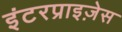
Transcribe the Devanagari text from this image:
इंटरप्राइज़ेस